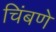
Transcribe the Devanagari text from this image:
चिंबणे